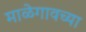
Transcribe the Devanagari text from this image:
माळेगावच्या